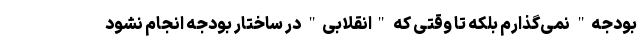
بودجه" نمی‌گذارم بلکه تا وقتی که "انقلابی" در ساختار بودجه انجام نشود